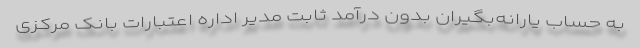
به حساب یارانه‌بگیران بدون درآمد ثابت مدیر اداره اعتبارات بانک مرکزی